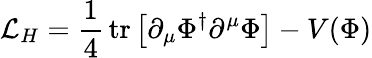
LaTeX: {\cal L}_{H}=\frac{1}{4}\, \mathrm{tr}\left[\partial_{\mu}\Phi^{\dagger}\partial^{\mu}\Phi\right]-V(\Phi)